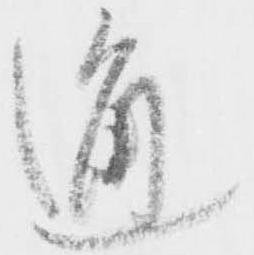
通